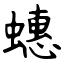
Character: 蟪